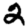
Digit: 2